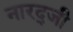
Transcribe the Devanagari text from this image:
नारद्जी